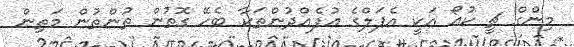
މިންގް ޗީ ކުއޯ އަކީ އެޕަލްގެ އުފެއްދުންތަކާ ބެހޭ ގޮތުން ތުންތުން މަތިން